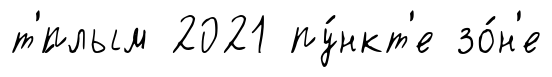
т'́плым 2021 пу́нкт'е зо́н'е